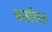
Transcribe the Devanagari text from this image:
कउंसिल